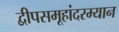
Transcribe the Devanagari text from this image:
द्वीपसमूहांदरम्यान